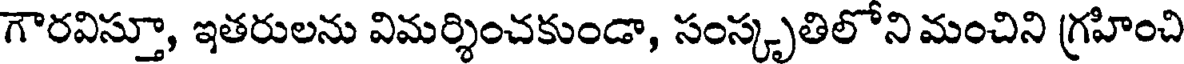
గౌరవిస్తూ, ఇతరులను విమర్శించకుండా, సంస్కృతిలోని మంచిని గ్రహించి